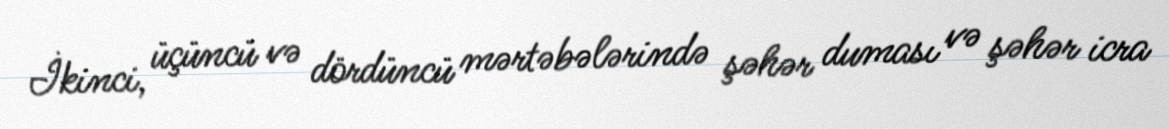
İkinci, üçüncü və dördüncü mərtəbələrində şəhər duması və şəhər icra